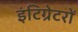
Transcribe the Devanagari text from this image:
इंटिग्रेटरों